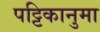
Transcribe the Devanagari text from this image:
पट्टिकानुमा